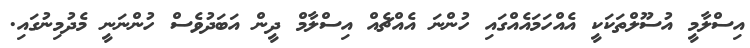
އިސްލާމީ އުސޫލްތަކަކީ އެއްހަމައެއްގައި ހުންނަ އެއްޗެއް އިސްލާމް ދީން އަބަދުވެސް ހުންނަނީ މެދުމިނުގައި.